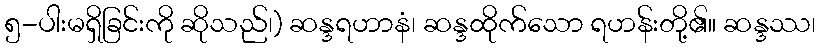
၅-ပါးမရှိခြင်းကို ဆိုသည်၊) ဆန္ဒရဟာနံ၊ ဆန္ဒထိုက်သော ရဟန်းတို့၏။ ဆန္ဒဿ၊